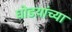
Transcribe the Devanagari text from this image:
घोडय़ांच्या